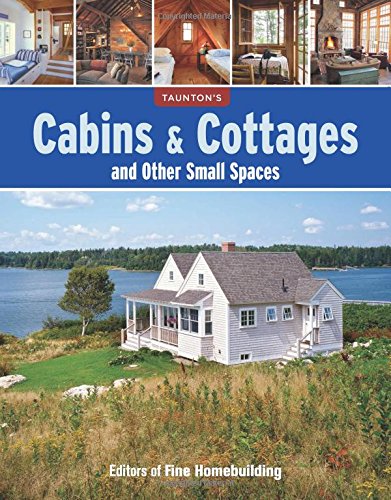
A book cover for Cabins & Cottages and Other Small Spaces; Editors of Fine Homebuilding; Crafts, Hobbies & Home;